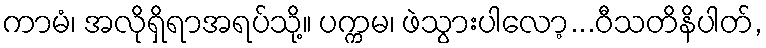
ကာမံ၊ အလိုရှိရာအရပ်သို့။ ပက္ကမ၊ ဖဲသွားပါလော့...ဝီသတိနိပါတ်,